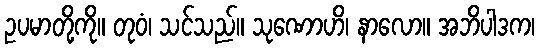
ဥပမာတို့ကို။ တုဝံ၊ သင်သည်။ သုဏောဟိ၊ နာလော။ အဘိပါဒက၊